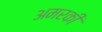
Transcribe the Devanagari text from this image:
अमरकी